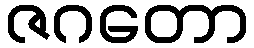
ဇဂတော